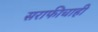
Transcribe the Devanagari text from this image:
सराफीचाही